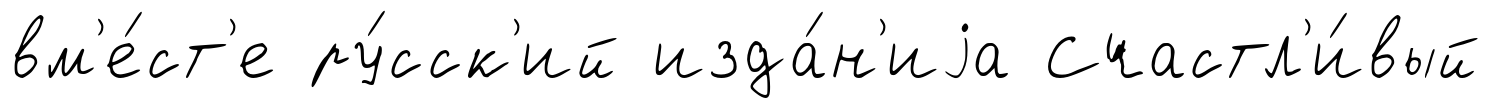
вм'е́ст'е ру́сск'ий изда́н'иjа Счастл'и́вый